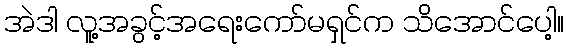
အဲဒါ လူ့အခွင့်အရေးကော်မရှင်က သိအောင်ပေါ့။